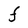
Character: F